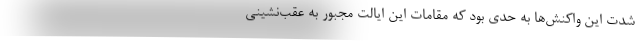
شدت این واکنش‌ها به حدی بود که مقامات این ایالت مجبور به عقب‌نشینی